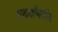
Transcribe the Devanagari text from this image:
महाक्षीणदीनः